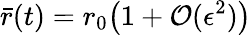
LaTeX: \bar{r}(t)=r_{0}\bigl(1+\mathcal{O}(\epsilon^{2})\bigr)